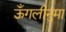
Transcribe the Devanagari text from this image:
ऊँगलीनुमा